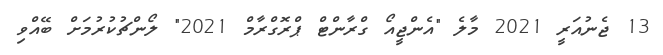
13 ޖެނުއަރީ 2021 މާލެ "އެންޖީއޯ ގްރާންޓް ޕްރޮގްރާމް 2021" ލޯންޗުކުރުމަށް ބޭއްވި